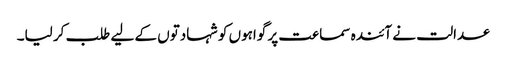
عدالت نے آئندہ سماعت پر گواہوں کو شہادتوں کے لیے طلب کر لیا۔